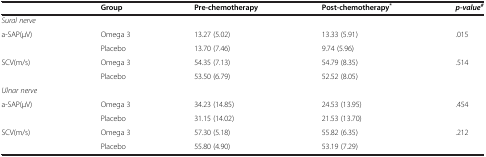
|  | Group | Pre-chemotherapy | Post-chemotherapy* | p-value# |
 | --- | --- | --- | --- | --- |
 | Sural nerve |  |  |  |  |
 | a-SAP(μV) | Omega 3 | 13.27 (5.02) | 13.33 (5.91) | .015 |
 |  | Placebo | 13.70 (7.46) | 9.74 (5.96) |  |
 | SCV(m/s) | Omega 3 | 54.35 (7.13) | 54.79 (8.35) | .514 |
 |  | Placebo | 53.50 (6.79) | 52.52 (8.05) |  |
 | Ulnar nerve |  |  |  |  |
 | a-SAP(μV) | Omega 3 | 34.23 (14.85) | 24.53 (13.95) | .454 |
 |  | Placebo | 31.15 (14.02) | 21.53 (13.70) |  |
 | SCV(m/s) | Omega 3 | 57.30 (5.18) | 55.82 (6.35) | .212 |
 |  | Placebo | 55.80 (4.90) | 53.19 (7.29) |  |